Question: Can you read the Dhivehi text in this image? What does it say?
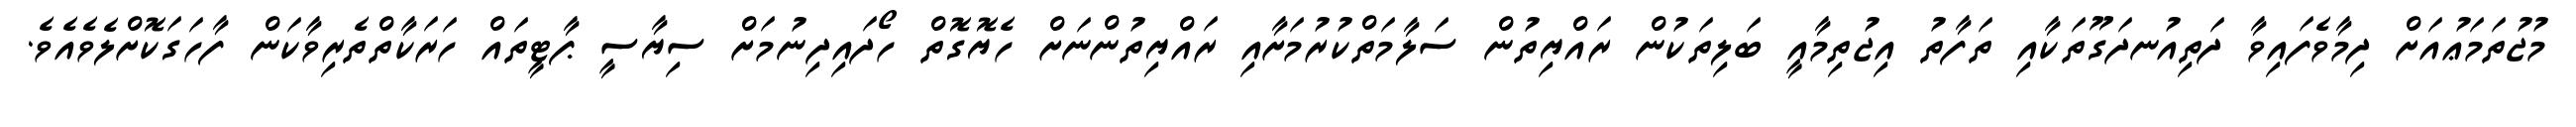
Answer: މުޖުތަމަޢުއަށް ދިމާވެފައިވާ ދަތިއުނދަގޫތަކާއި ތަފާތު އިޖުތިމާއީ ބަލިތަކުން ރައްޔިތުން ސަލާމަތްކުރުމަށާއި ރައްޔިތުންނަށް ހެޔޮގޮތް ހޯދައިދިނުމަށް ސިޔާސީ ޕާޓީތައް ހަރަކާތްތެރިވާކަން ފާހަގަކޮށްލެވެއެވެ.